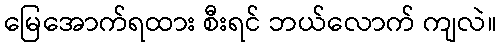
မြေအောက်ရထား စီးရင် ဘယ်လောက် ကျလဲ။